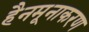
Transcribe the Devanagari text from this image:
हैनमूनाकरण